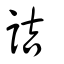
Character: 詰